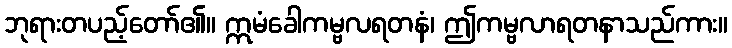
ဘုရားတပည့်တော်၏။ ဣမံခေါကမ္ဗလရတနံ၊ ဤကမ္ဗလာရတနာသည်ကား။